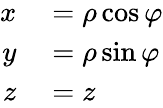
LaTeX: \begin{array}{rl}{x}&{{}=\rho\cos\varphi}\\ {y}&{{}=\rho\sin\varphi}\\ {z}&{{}=z}\end{array}